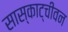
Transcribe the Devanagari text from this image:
सास्काट्चीवन